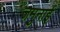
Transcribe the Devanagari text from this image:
जमुनाई